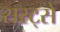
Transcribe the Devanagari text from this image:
सरट्से